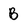
Character: B